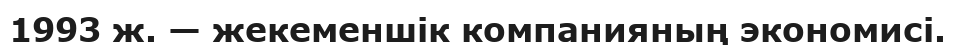
1993 ж. — жекеменшік компанияның экономисі.